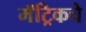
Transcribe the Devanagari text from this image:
मॅट्रिकचे